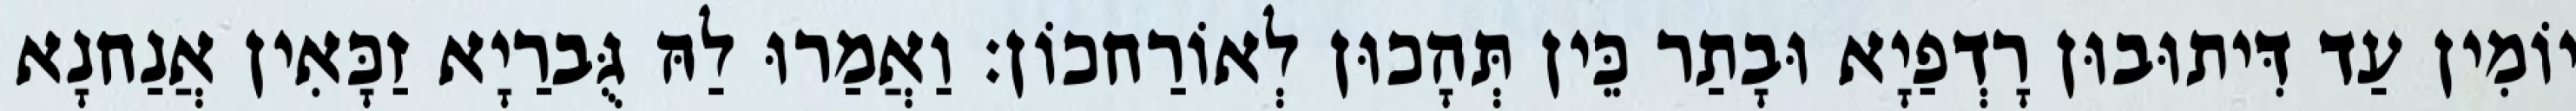
יוֹמִין עַד דִּיתוּבוּן רָדְפַיָא וּבָתַר כֵּין תְּהָכוּן לְאוֹרַחכוֹן׃ וַאֲמַרוּ לַהּ גֻּברַיָא זַכָּאִין אֲנַחנָא